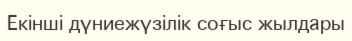
Екінші дүниежүзілік соғыс жылдары